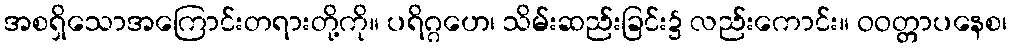
အစရှိသောအကြောင်းတရားတို့ကို။ ပရိဂ္ဂဟေ၊ သိမ်းဆည်းခြင်း၌ လည်းကောင်း။ ဝဝတ္တာပနေစ၊